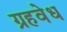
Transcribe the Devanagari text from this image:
ग्रहवेध